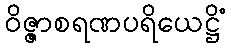
ဝိဇ္ဇာစရဏပရိယေဋ္ဌိံ